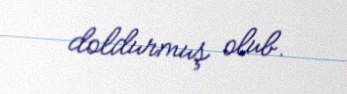
doldurmuş olub.